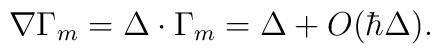
\nabla \Gamma_m = \Delta \cdot \Gamma_m = \Delta + O(\hbar \Delta).